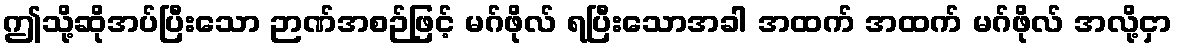
ဤသို့ဆိုအပ်ပြီးသော ဉာဏ်အစဉ်ဖြင့် မဂ်ဖိုလ် ရပြီးသောအခါ အထက် အထက် မဂ်ဖိုလ် အလို့ငှာ